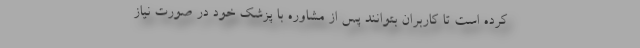
کرده است تا کاربران بتوانند پس از مشاوره با پزشک خود در صورت نیاز